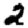
Digit: 2